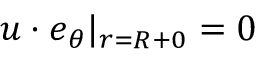
\boldsymbol { u } \cdot \boldsymbol { e } _ { \theta } | _ { r = R + 0 } = 0